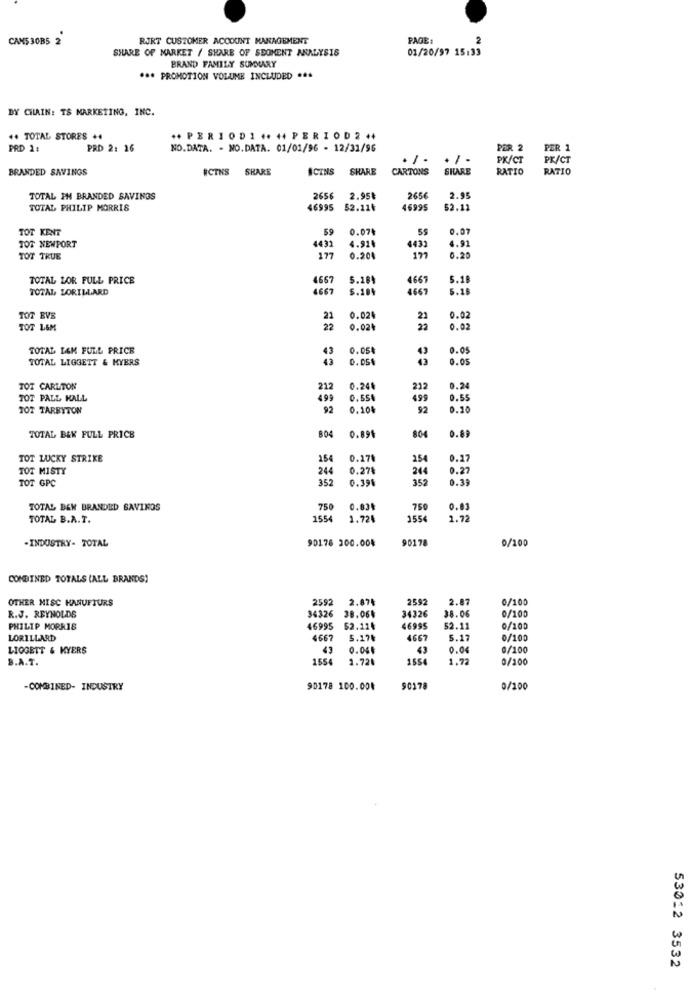
CAMS 30B5 2
RIRT CUSTOMER ACCOUNT MANAGEMENT
PAGE :
2
SHARE OF MARKET / SHARE OF SEOMENT ANALYSIS
01/20/97 15:33
BRAND FAMILY SUMMARY
*** PROMOTION VOLUME INCLUDED ...
BY CILAIN: TS MARKETING, INC.
.. TOTAL STORES ..
** PERIOD1 ++ ++ PERIOD 2 +4
PRD 11
PRD 2: 16
NO.DATA. - NO.DATA. 01/01/96 - 12/31/96
PER 2
PER 1
PX/CT
PK/CT
BRANDED SAVINGS
#CTNS
SHARE
ICINS
SHARE
CARTONS
SHARE
RATIO
RATIO
TOTAL IM BRANDED SAVINGS
2656
2.95
265€
2.95
TOTAL PHILIP MORRIS
46995
$2.11৳
46995
$2.11
TOT KENT
59
0.074
55
0.07
TOT NEWPORT
4431
4.914
4.91
4433
TOT TRUE
177
0.201
177
0.20
TOTAL LOR FULL PRICE
4667
5.284
4667
5.1
TOTAL LORILLARD
4667
5.184
4667
5.16
TOT EVE
21
0.024
21
0.02
TOT L&M
22
0.02+
22
0.02
TOTAL LEM FULL PRICE
43
0.05
0.05
TOTAL LIGGETT & KYERS
43
0.05
TOT CARLTON
212
0.24
212
0.24
TOT PALL MALL
499
0.55
499
0.55
TOT TARBYTON
92
0,10€
92
1.10
804
0.69
TOTAL BEK FULL PRICE
0.891
804
TOT LUCKY STRIKE
154
0.27₺
254
.17
TOT MISTY
244
0.27
244
0.27
TOT GPC
352
0.39%
352
TOTAL BEW BRANDED SAVINGS
750
0.03
750
0.03
TOTAL B.A.T.
1554
1.72
155
1.72
-INDUSTRY- TOTAL
90178 300.004
90178
0/100
COMBINED TOTALS (ALL BRANDS!
OTHER MISC HANUFTURS
2592
2.87₺
2592
2.87
0/100
34326
34326
38.06
0/100
R.J. REYNOLDS
38.06%
PHILIP MORRIS
46995
$2.124
46995
52.11
0/100
LORILLARD
4667
5.17₺
4667
5.17
0/100
LIGGETT & KYERS
0.04€
0.04
0/100
B.A.T.
1554
1.72
155
1.72
0/100
-COMBINED- INDUSTRY
90178 100.00₺
90178
0/100
53012 3532